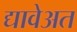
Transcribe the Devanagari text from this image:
द्यावेअत